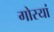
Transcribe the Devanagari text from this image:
गोरयां